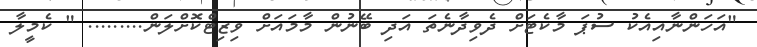
"އަހަންނާއިއެކު ސުޕަ މާކެޓަށް ދެވިދާނެތަ އަދި ބޭނުން މާމައަށް ވިޒިޓްކޮށްލަން......... " ކެމީލާ